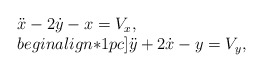
\begin{align*}\begin{array}{l}\ddot x - 2 \dot y - x= V_x, \\begin{align*}1pc]\ddot y + 2 \dot x - y= V_y,\end{array} \end{align*}